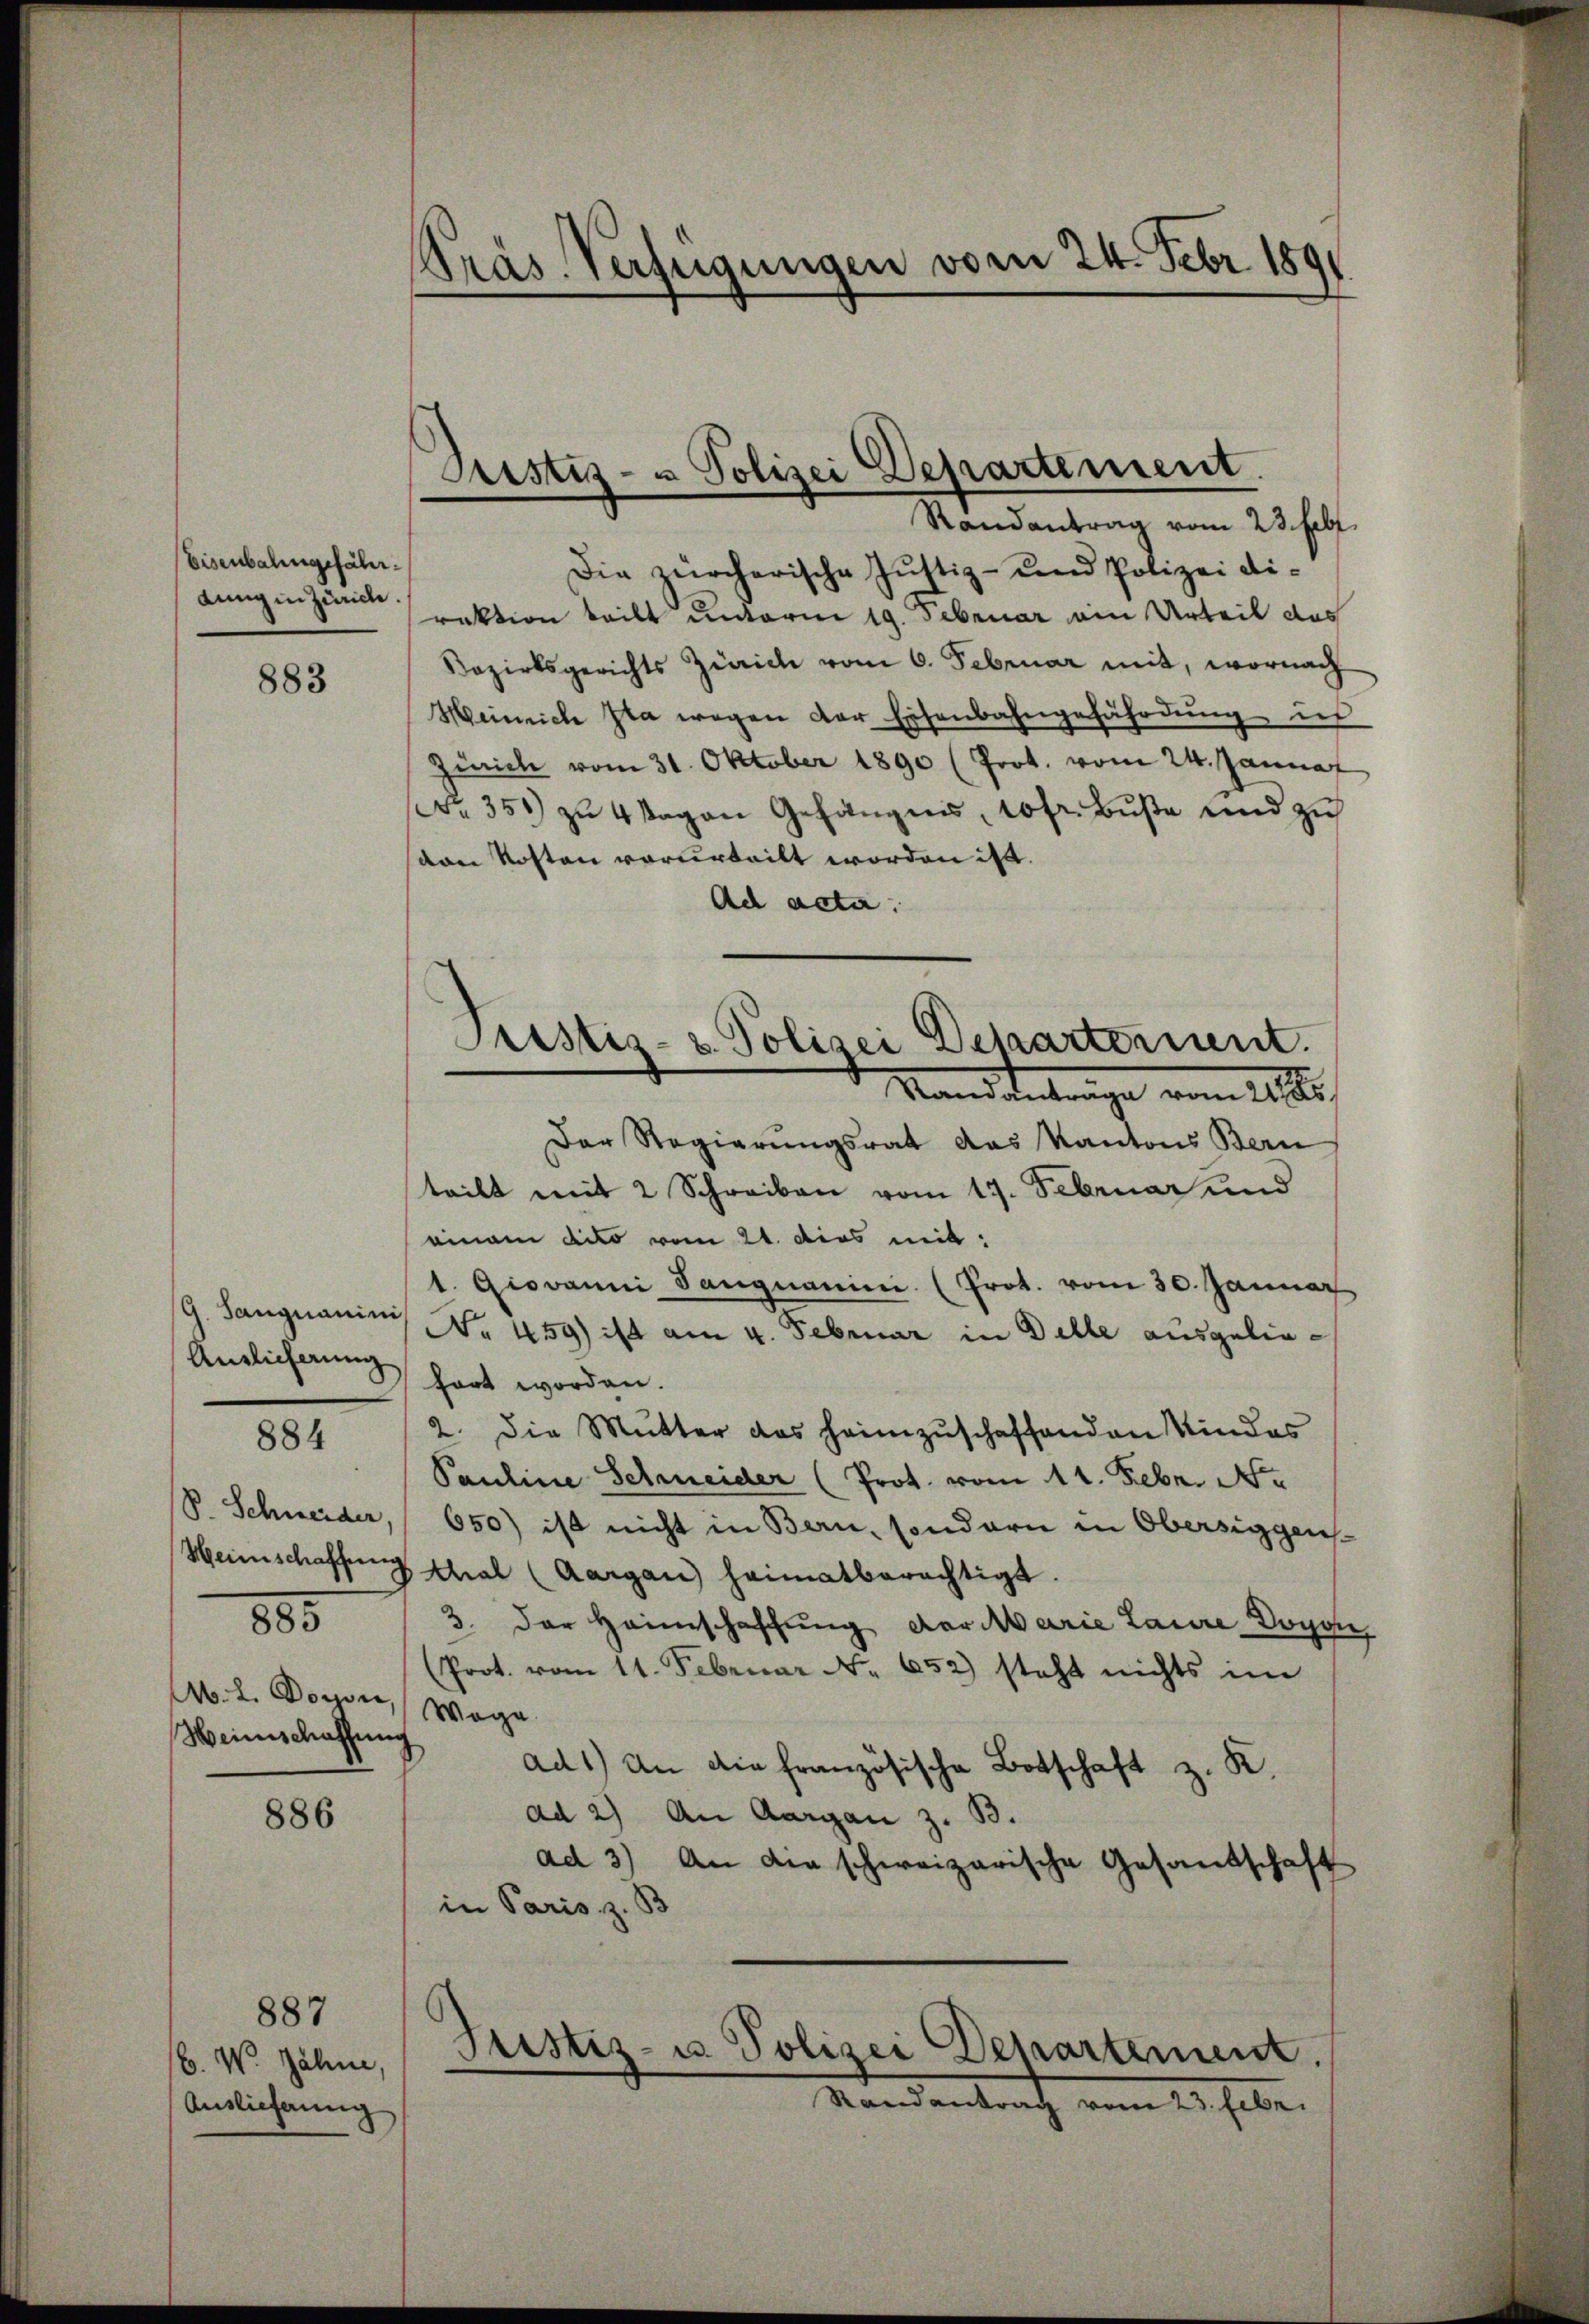
Eisenbahngefähr.
dung in Zürich.

883

G. Sangnaminis
Anglicherung

884

885

No. 2. Dorn,
Heinschaffung

886

887

b. W. Zähne,
Auslieferung

Die zürcherische Justiz- und Polizei di-
raktion teilt unterm 19. Februar ein Urteil des
Bezirksgerichts Zürich vom 6. Februar mit, wornach
Heinrich Ita wegen der Eisenbahngefährdung is
Zürich vom 31. Oktober 1890 (Prot. vom 24. Januar
Nr. 351) zu 4 Tagen Gehängnis, 10 fr. Bŭβe und zu
ven Kosten vorurteilt worden ist.
Ad acta.
Der Regierŭngsrat das Kantons Bern
teilt mit 2 Schreiben vom 17. Februar und
einam dico vom 21. dies mit:
1. Giovanni Sangnanien (Prot. vom 30. Januar
No 459) ist am 4. Februar in Delle ausgeliehört worden.
2. Die Mutter das heimzuschaffenden Kindes
Pauline Scheider (Prot. vom 11. Febr. Ne
V. Schneider, 650) ist nicht in Bern, sondern in Obersiggen¬
Heimschaffung thal (Aargau heimatberechtigt.
3. Der Heimschaffung der Marie Laure Dogge
(Prot. vom 11. Februar No. 652) steht nichts im
Wage
ad1) An die französische Botschaft z. K.
ad 2) An Aargau z. B.
ad 3) An die schweizerische Gesandschaft
in Paris z. B

Präs. Verfügungen vom 24. Febr. 1891

Justiz- u Polizei Departement.
Randantrag vom 23. Febr.

Justiz- & Polizei Departernent.
Stand Antrage vom 21.

Justiz- u. Polizei Departement.
Randantrag vom 23. Eber